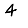
Digit: 4